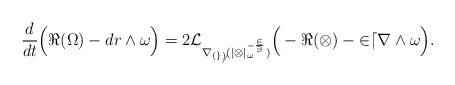
\begin{align*} \frac{d}{dt} \Big( \Re(\Omega) - dr \wedge \omega \Big) = 2 \cal{L}_{\nabla_{(g_6)} (|\Omega|_\omega^{-\frac{2}{3}})} \Big( -\Re(\Omega) - 2 dr \wedge \omega \Big).\end{align*}